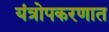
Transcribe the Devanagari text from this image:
यंत्रोपकरणात